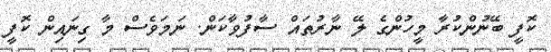
ކޮފީ ބޭނުންކުރާ މީހުންގެ ލޭ ނާރުތައް ސާފުވާކަން. ނަމަވެސް މާ ގިނައިން ކޮފީ